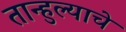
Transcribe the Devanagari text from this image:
तान्हुल्याचे